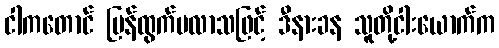
ငါကတောင် ပြန်ထွက်မလာသဖြင့် ဒီနားခန သူတို့ငါးယောက်က